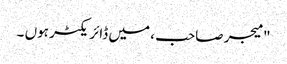
" میجر صاحب ، میں ڈائریکٹر ہوں ۔